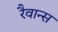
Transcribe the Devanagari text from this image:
रैवान्स